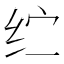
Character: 纻